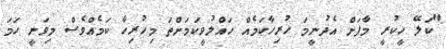
"ކަލޭ ހީކުރީ މާފަށް އެދުނީމަ ހުރިހާކަމެއް ހައްލުވީކަމަށްތަ މިހުރިހާ ކަމެއްވެސް މިވަނީ ހަމަ